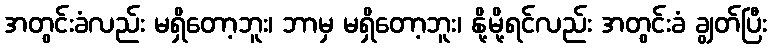
အတွင်းခံလည်း မရှိတော့ဘူး၊ ဘာမှ မရှိတော့ဘူး၊ နို့မို့ရင်လည်း အတွင်းခံ ချွတ်ပြီး